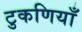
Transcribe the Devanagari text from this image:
टुकणियाँ